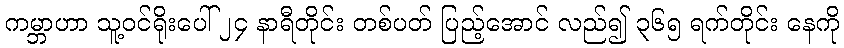
ကမ္ဘာဟာ သူ့ဝင်ရိုးပေါ် ၂၄ နာရီတိုင်း တစ်ပတ် ပြည့်အောင် လည်၍ ၃၆၅ ရက်တိုင်း နေကို